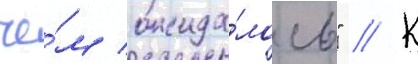
че́м ожида́лось" // К